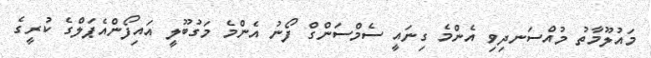
މައުލޫމާތު މުއްސަނދިވި އެންމެ ގިނައީ ސެމްސަންގް ފޯނު އެންމެ މަގުބޫލީ އައިފޯންއެޕަލްގެ ކުރީގެ